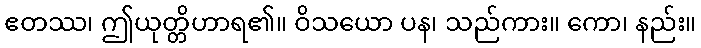
ဧတဿ၊ ဤယုတ္တိဟာရ၏။ ဝိသယော ပန၊ သည်ကား။ ကော၊ နည်း။